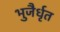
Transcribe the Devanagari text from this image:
भुजैर्धृत